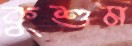
কুশুম